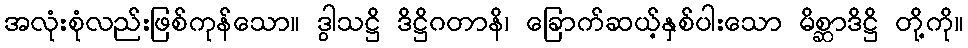
အလုံးစုံလည်းဖြစ်ကုန်သော။ ဒွါသဋ္ဌိ ဒိဋ္ဌိဂတာနိ၊ ခြောက်ဆယ့်နှစ်ပါးသော မိစ္ဆာဒိဋ္ဌိ တို့ကို။